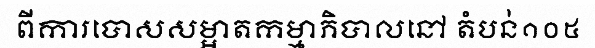
ពីការបោសសម្អាតកម្មាភិបាលនៅ តំបន់១០៥